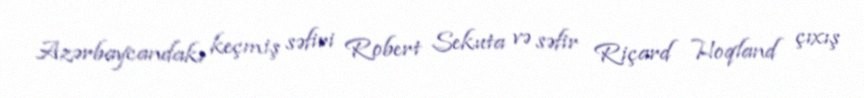
Azərbaycandakı keçmiş səfiri Robert Sekuta və səfir Riçard Hoqland çıxış